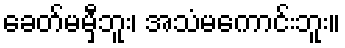
ခေတ်မမှီဘူး၊ အသံမကောင်းဘူး။